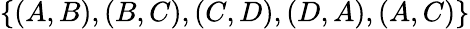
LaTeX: \{ (A,B),(B,C),(C,D),(D,A),(A,C)\}